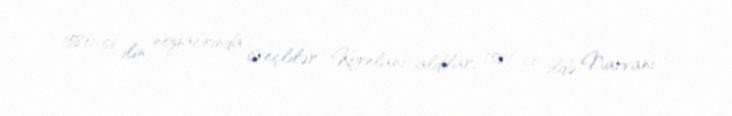
1580-ci ilin noyabrında isveçlilər Korelanı aldılar, 1581-ci ildə Narvanı ,